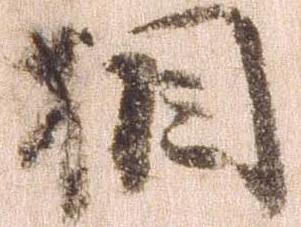
相